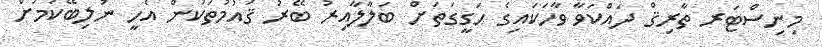
މިނިސްޓަރ ތާރިޤް ދައްކަވާ ވާހަކައިގެ ހަގީގަތަށް ބަލާލާއިރު ބޭރު ޤައުމުތަކުން އެހީ ނުލިބޭކަމަށް